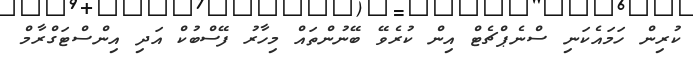
ކުރިން ހަމައެކަނި ސްނެޕްޗެޓް އިން ކުރެވޭ ބޭނުންތައް މިހާރު ފޭސްބުކް އަދި އިންސްޓަގްރާމް